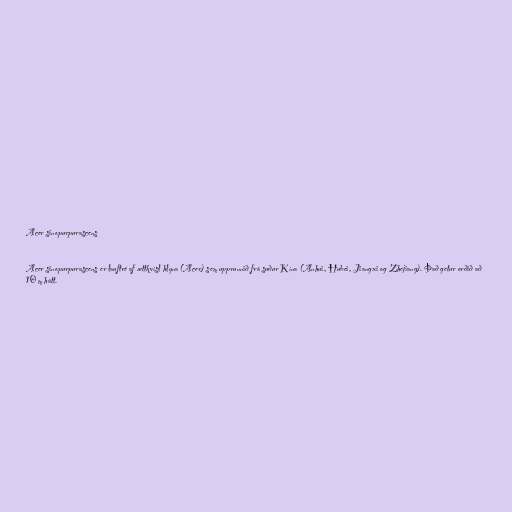
Acer sinopurpurascens

Acer sinopurpurascens er lauftré af ættkvísl hlyna (Acer) sem upprunnið frá suður Kína (Anhui, Hubei, Jiangxi og Zhejiang). Það getur orðið að
10 m hátt.